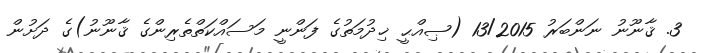
3. ޤާނޫނު ނަންބަރު 13/2015 (ޞިއްޙީ ޚިދުމަތުގެ ފަންނީ މަސައްކަތްތެރިންގެ ޤާނޫނު)ގެ ދަށުން